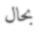
بحال